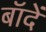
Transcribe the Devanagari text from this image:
बॉदें